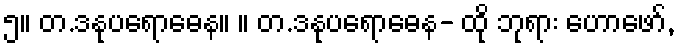
၅။ တ.ဒနုပရောဓေန။ ။ တ.ဒနုပရောဓေန- ထို ဘုရား ဟောဖော်,